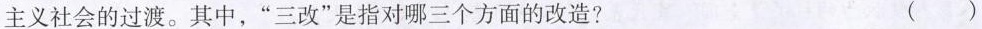
主义社会的过渡。其中，”三改”是指对哪三个方面的改造? （）